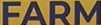
FARM